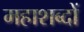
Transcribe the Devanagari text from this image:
महाशब्दों